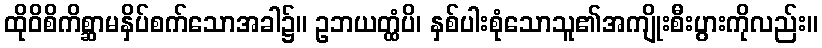
ထိုဝိစိကိစ္ဆာမနှိပ်စက်သောအခါ၌။ ဥဘယတ္ထံပိ၊ နှစ်ပါးစုံသောသူ၏အကျိုးစီးပွားကိုလည်း။